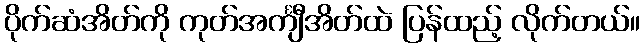
ပိုက်ဆံအိတ်ကို ကုတ်အင်္ကျီအိတ်ထဲ ပြန်ထည့် လိုက်တယ်။